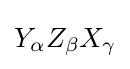
Y_{\alpha }Z_{\beta }X_{\gamma }